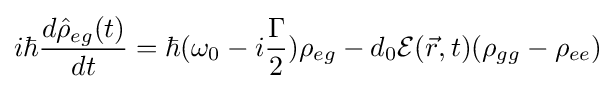
i\hbar {\frac {d{\hat {\rho }}_{eg}(t)}{dt}}=\hbar (\omega _{0}-i{\frac {\Gamma }{2}})\rho _{eg}-d_{0}{\mathcal {E}}({\vec {r}},t)(\rho _{gg}-\rho _{ee})